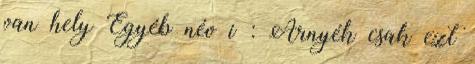
van hely Egyéb név i : Árnyék csak ezt